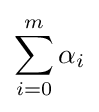
\sum _{i=0}^{m}{\alpha _{i}}